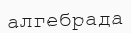
алгебрада